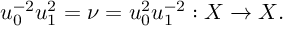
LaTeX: u _ { 0 } ^ { - 2 } u _ { 1 } ^ { 2 } = \nu = u _ { 0 } ^ { 2 } u _ { 1 } ^ { - 2 } : X \to X .